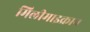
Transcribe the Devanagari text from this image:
मिलीमाइक्रान